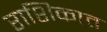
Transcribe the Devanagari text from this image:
राशिकात